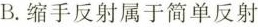
B.缩手反射属于简单反射